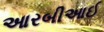
આરબીઆઈ